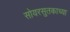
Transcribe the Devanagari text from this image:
सोयरसुतकाच्या